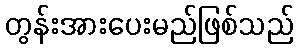
တွန်းအားပေးမည်ဖြစ်သည်